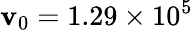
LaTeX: \mathbf{v}_{0}=1.29\times10^{5}